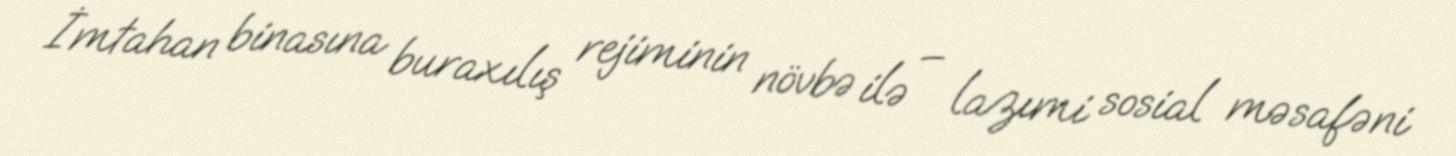
İmtahan binasına buraxılış rejiminin növbə ilə – lazımi sosial məsafəni